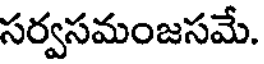
సర్వసమంజసమే.